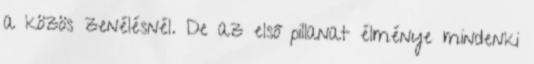
a közös zenélésnél. De az első pillanat élménye mindenki